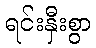
ရင်းနှီးစွာ